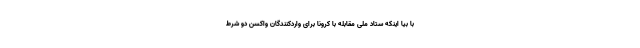
با بیا اینکه ستاد ملی مقابله با کرونا برای واردکنندگان واکسن دو شرط